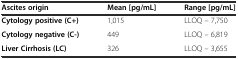
<table><thead><tr><td><b>Ascites origin</b></td><td><b>Mean [pg/mL]</b></td><td><b>Range [pg/mL]</b></td></tr></thead><tbody><tr><td><b>Cytology positive (C+)</b></td><td>1,015</td><td>LLOQ – 7,750</td></tr><tr><td><b>Cytology negative (C-)</b></td><td>449</td><td>LLOQ – 6,819</td></tr><tr><td><b>Liver Cirrhosis (LC)</b></td><td>326</td><td>LLOQ – 3,655</td></tr></tbody></table>